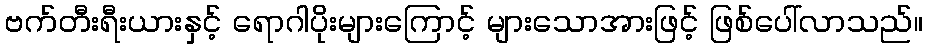
ဗက်တီးရီးယားနှင့် ရောဂါပိုးများကြောင့် များသောအားဖြင့် ဖြစ်ပေါ်လာသည်။